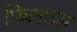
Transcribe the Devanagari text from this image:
फिलाप्स